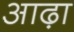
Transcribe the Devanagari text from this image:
आढ़ा